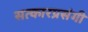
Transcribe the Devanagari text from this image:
सत्कारप्रसंगी